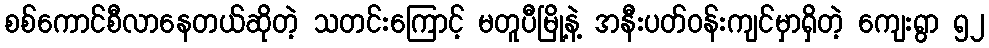
စစ်ကောင်စီလာနေတယ်ဆိုတဲ့ သတင်းကြောင့် မတူပီမြို့နဲ့ အနီးပတ်ဝန်းကျင်မှာရှိတဲ့ ကျေးရွာ ၅၂